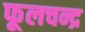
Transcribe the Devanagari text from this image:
फूलचन्द्र